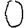
Digit: 0